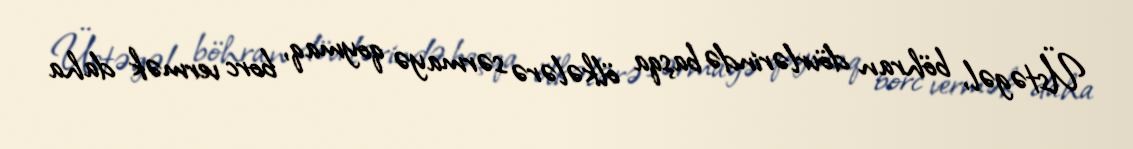
Üstəgəl, böhran dövrlərində başqa ölkələrə sərmayə qoymaq, borc vermək daha